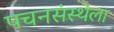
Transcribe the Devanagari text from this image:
पचनसंस्थेला